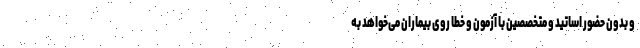
و بدون حضور اساتید و متخصصین با آزمون و خطا روی بیماران می‌خواهد به